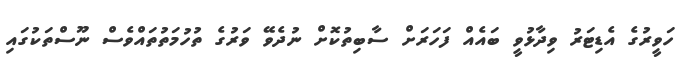
ހަވީރުގެ އެޑިޓަރު ވިދާޅުވީ ބައެއް ފަހަރަށް ސާބިތުކޮށް ނުދެވޭ ވަރުގެ ތުހުމަތުތައްވެސް ނޫސްތަކުގައި